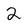
Character: 2